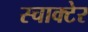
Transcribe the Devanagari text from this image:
स्चाक्टेर